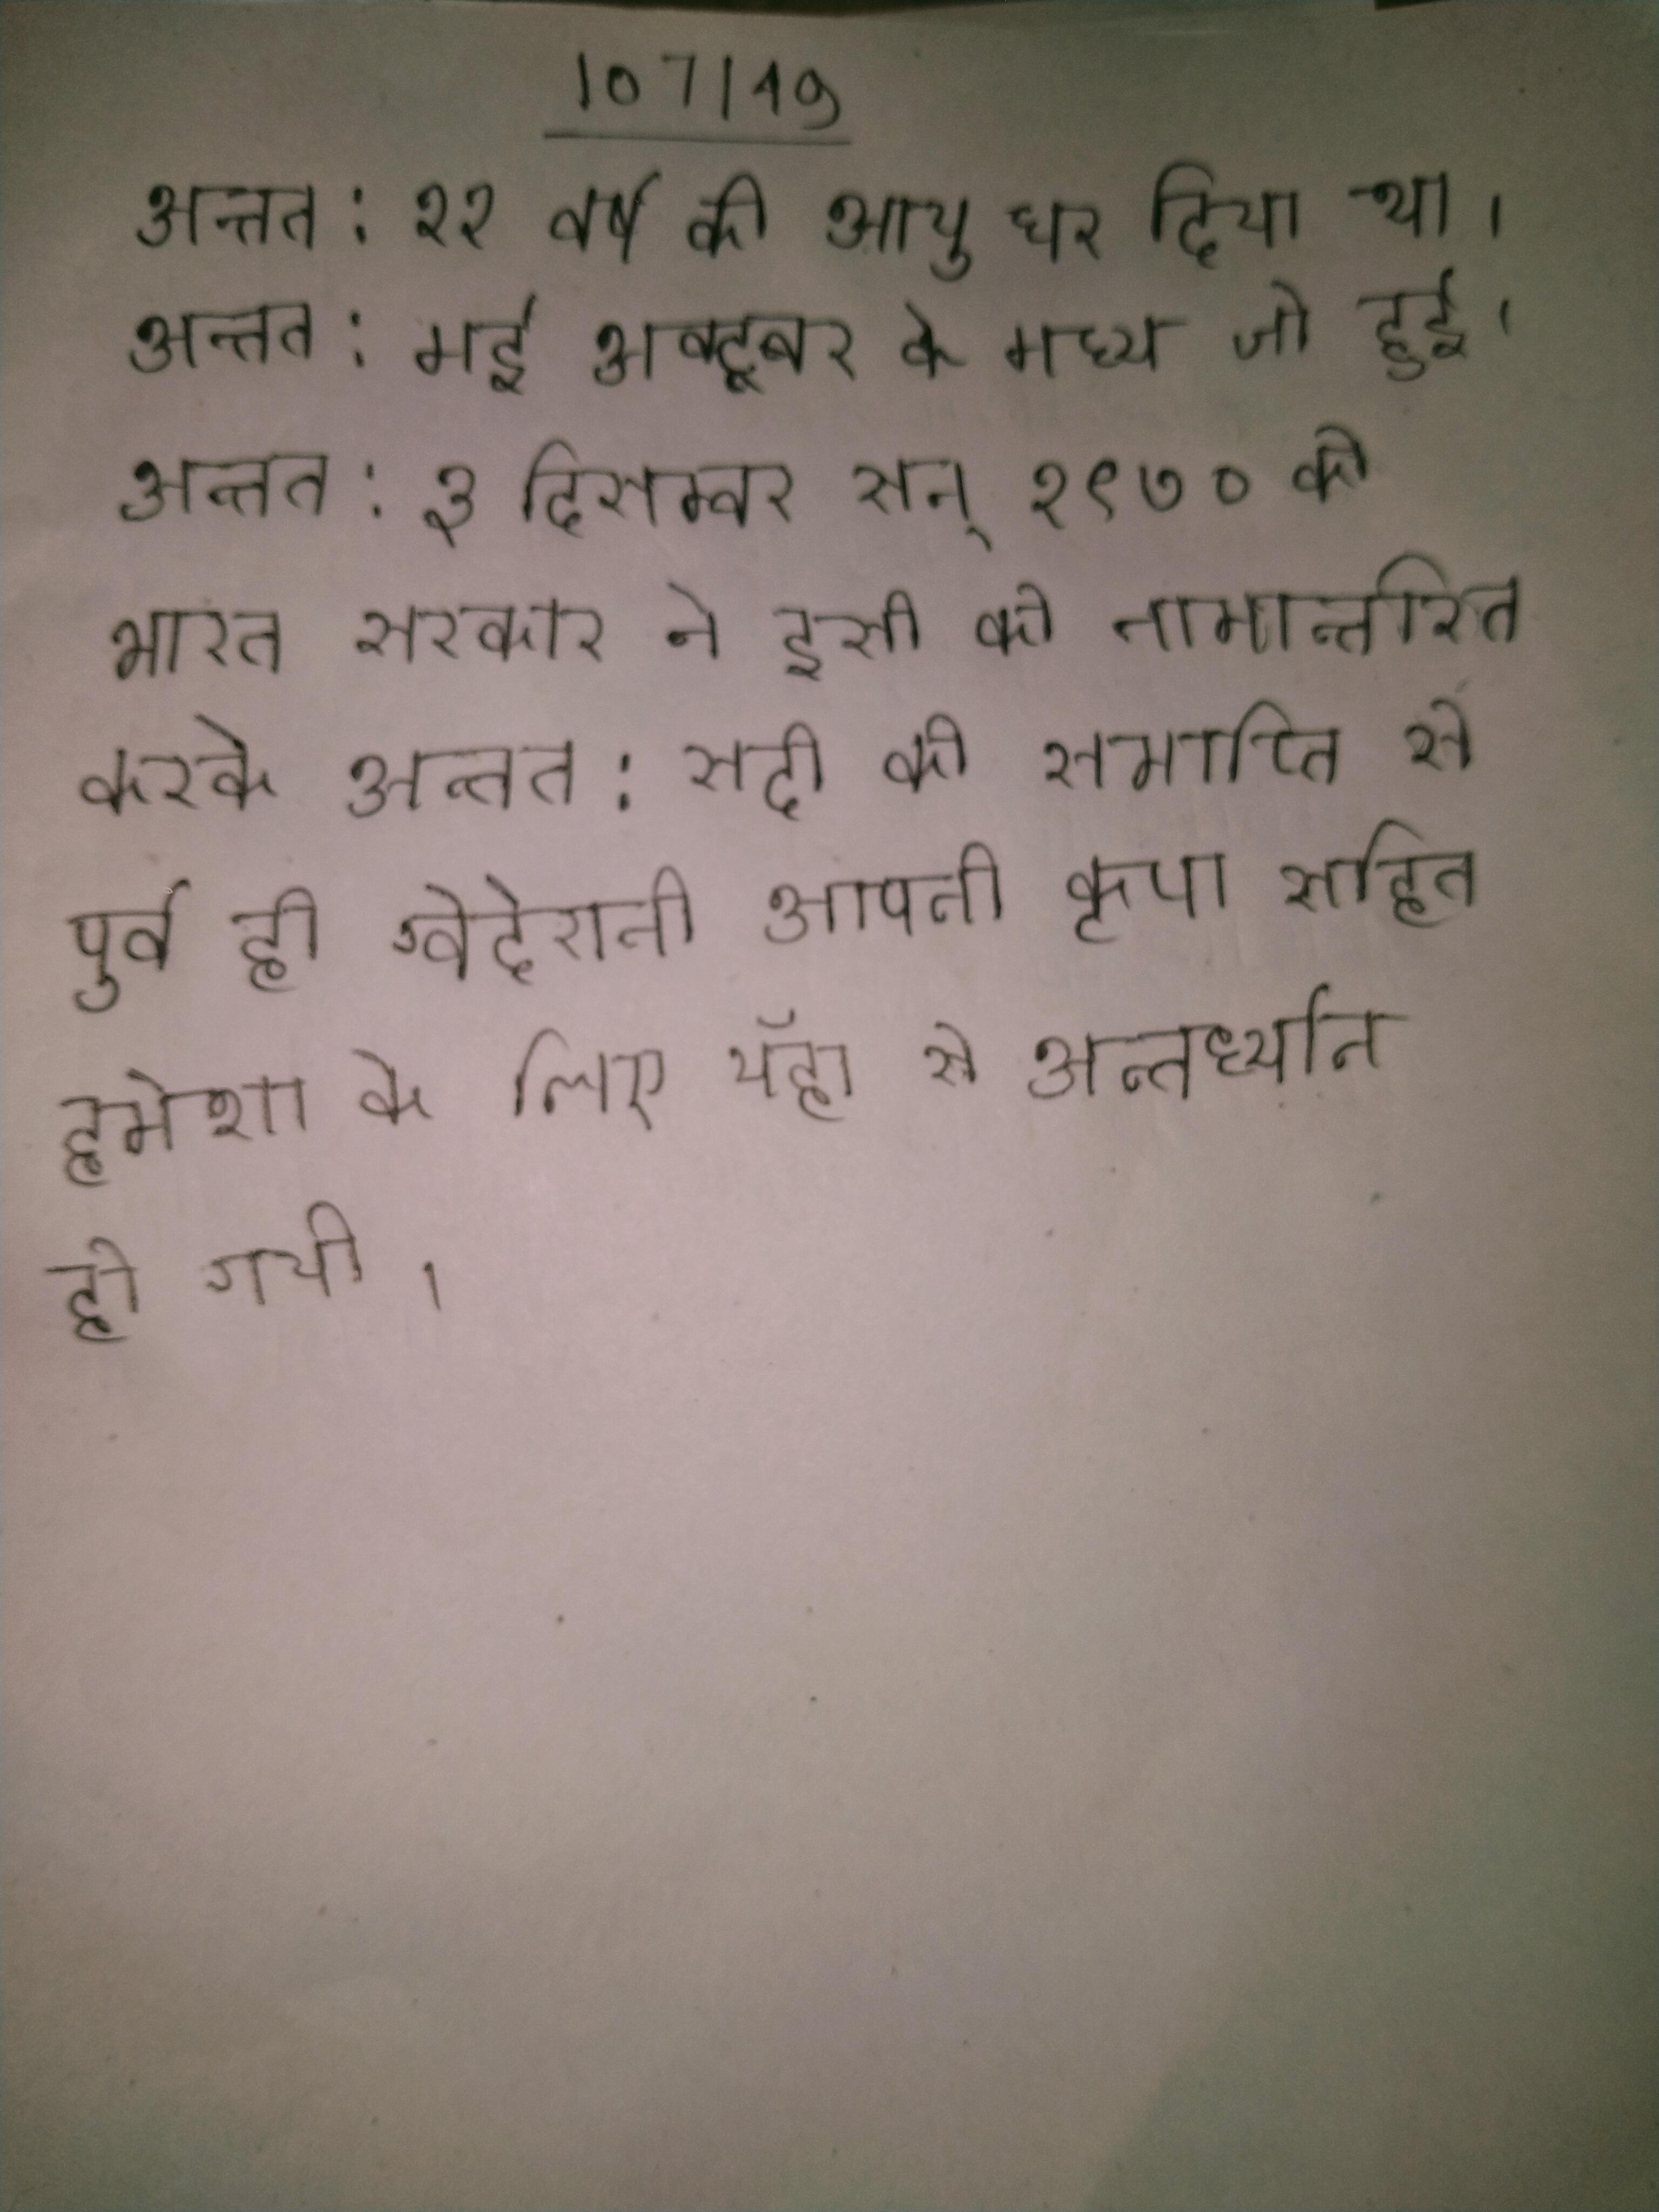
अन्तत: ११ वर्ष की आयु घर दिया था । अन्तत: मई अक्टूबर के मध्य जो हुई । अन्तत: ३ दिसम्बर सन् १९७० को भारत सरकार ने इसी को नामान्तरित करके अन्तत: सदी की समाप्ति से पूर्व ही ग्वेदेरानी अपनी कृपा सहित हमेशा के लिए यहॉ से अन्तर्ध्यान हो गयी ।